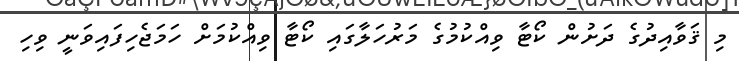
މި ޤަވާއިދުގެ ދަށުން ކޯޓާ ވިއްކުމުގެ މަރުހަލާގައި ކޯޓާ ވިއްކުމަށް ހަމަޖެހިފައިވަނީ ވިހި